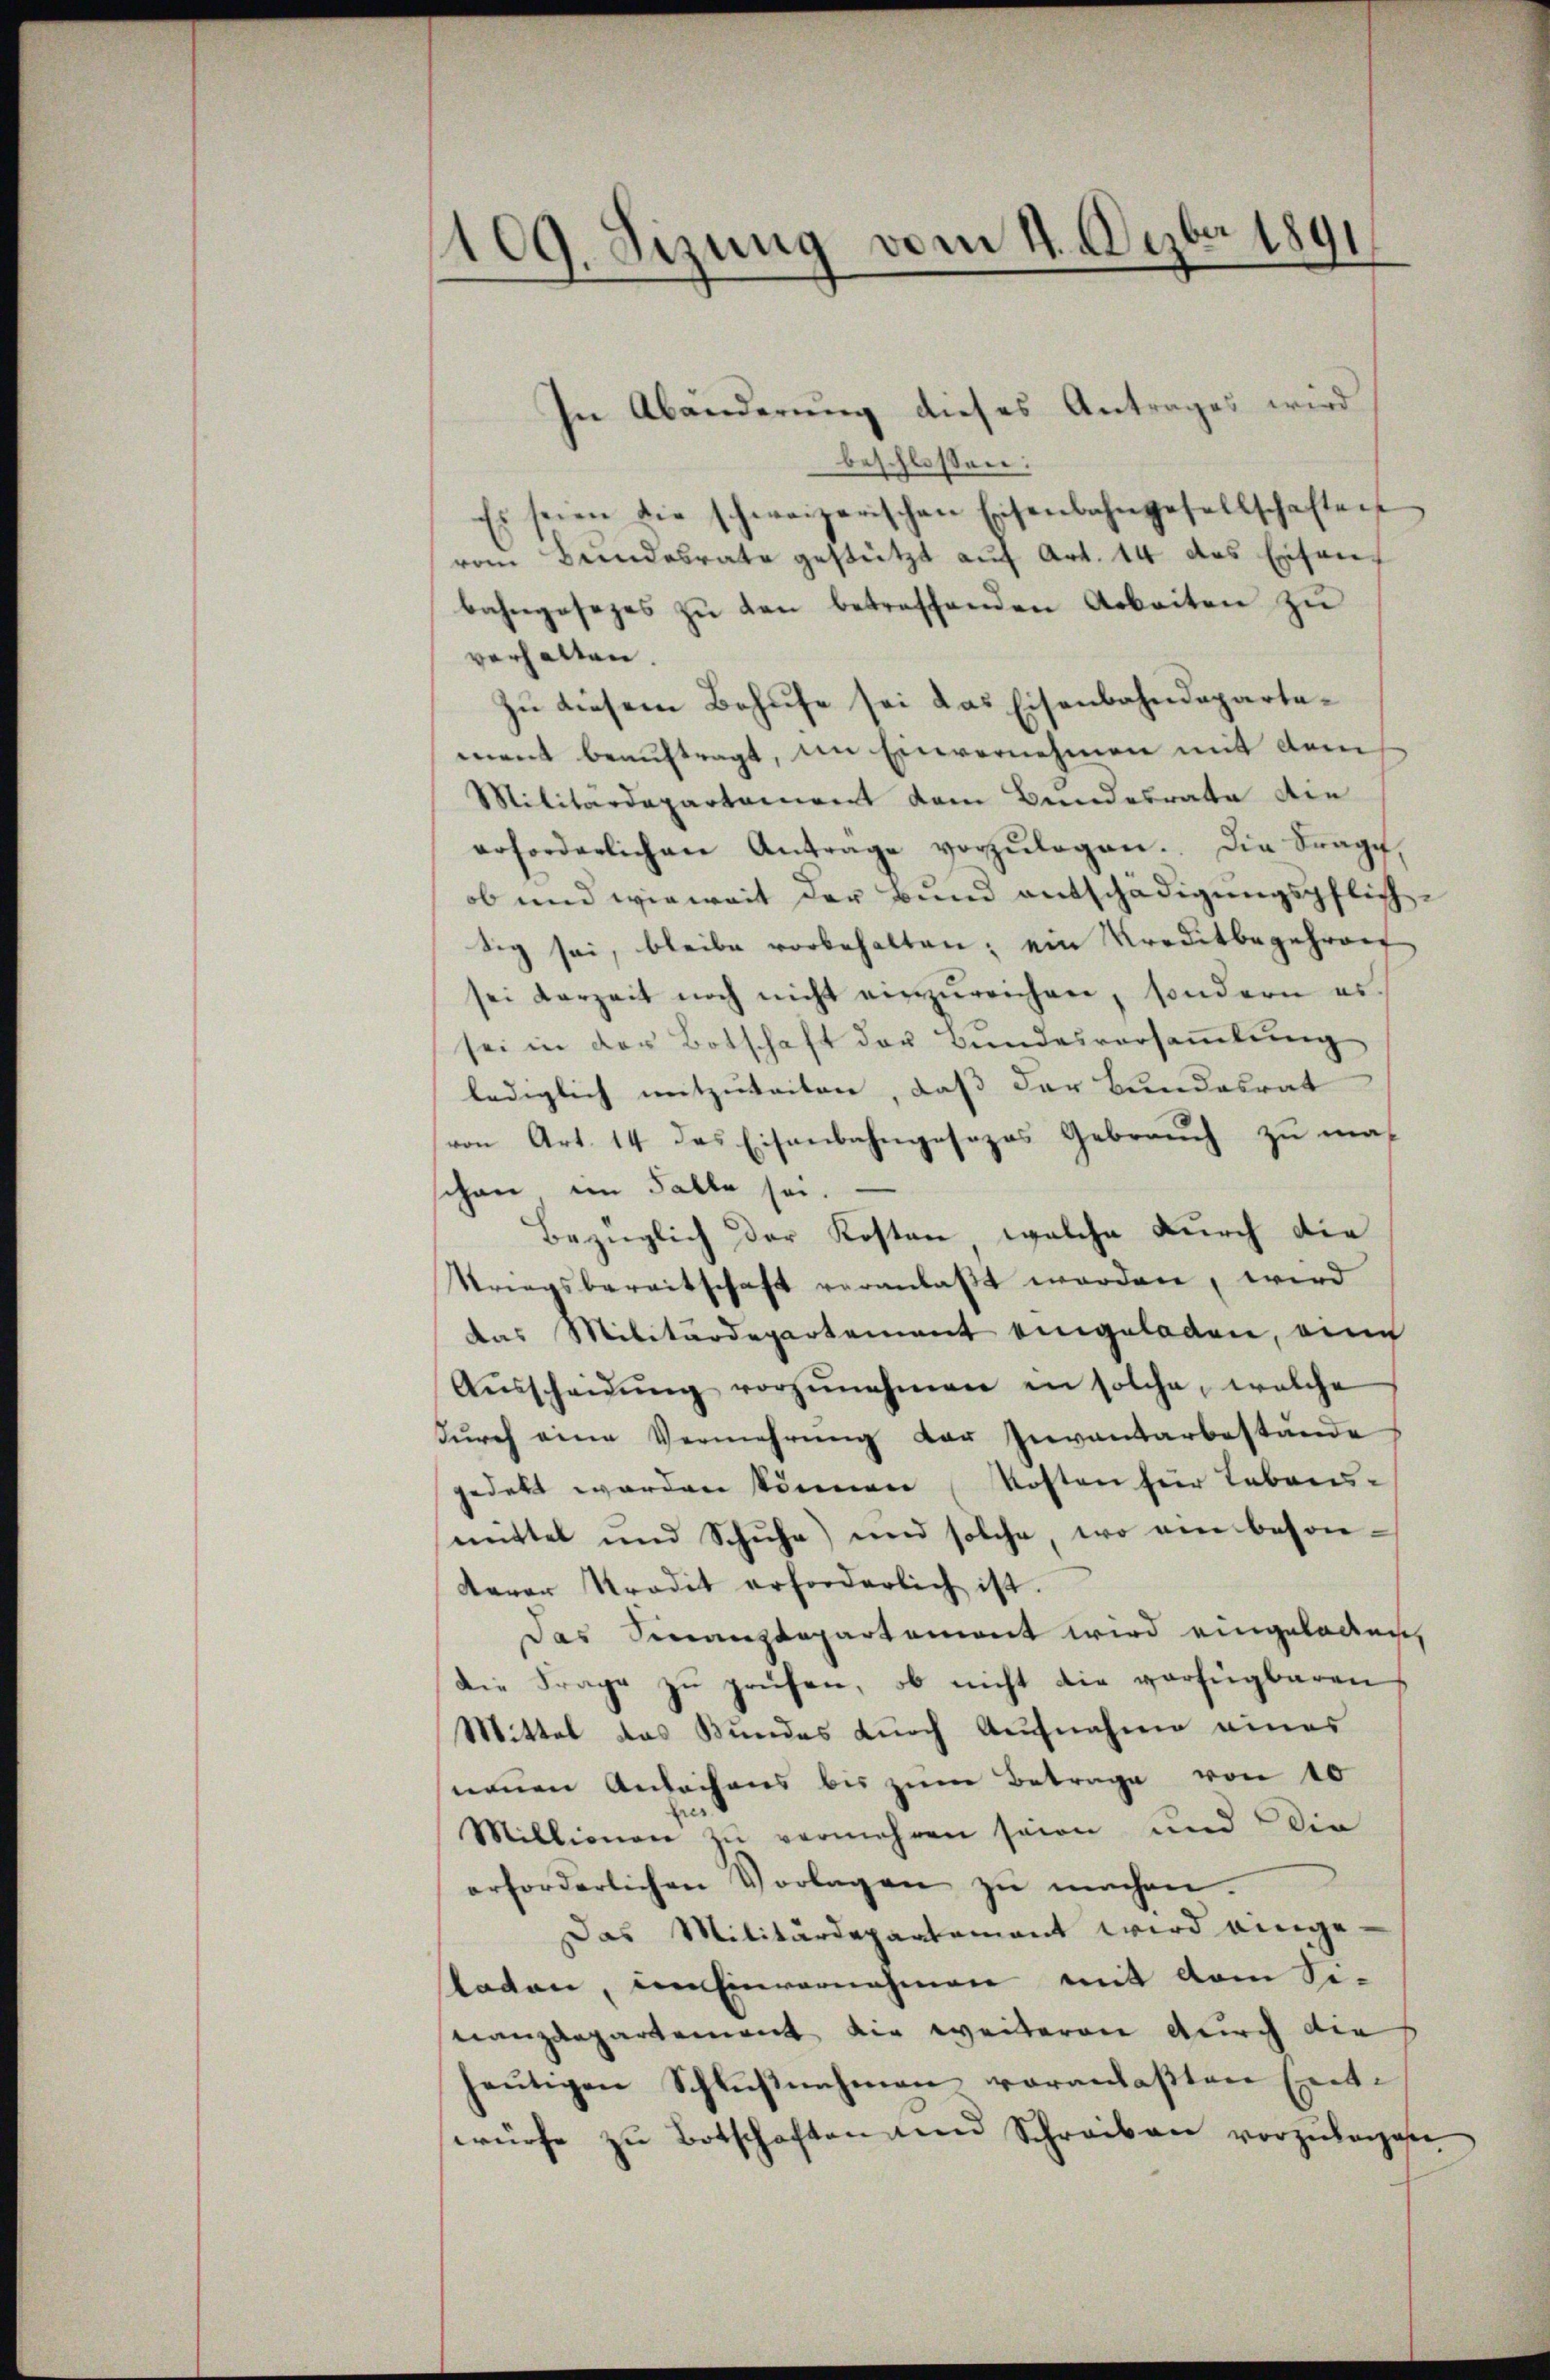
109. Sizung vom 4. Dezbr 1891

In Abänderung dieses Antrages wird
beschlossen:
Es seien die schweizerischen Eisenbahngesellschaften
vom Bundesrate gestützt auf Art. 14 des Eisenbahngesezes zŭ den betreffenden Arbeiten zu
verhalten.
Zu diesem Behufe sei das Eisenbahndepartement beauftragt, im Einvernehmen mit dem
Militärdepartamiert dem Bundesrate die
erforderlichen Antrage vorzŭlegen. Die Frage,
ob und wieweit der Bund entschädigungspflichtig sei, bleibe vorbehalten; ein Kreditbegehrenf
sei derzeit noch nicht einzŭreichen, sondern es.
sei in der Botschaft der Bundesversammlung
lediglich mitzuteilen, daß der Bundesrat
von Art. 14 des Eisenbahngesezes Gebrauch zu maschon im Falle sei.
Bezüglich der Kosten, welche durch die
Kriegsbereitschaft veranlaßt worden, wird
das Militärdepartement eingeladen, eine
Aŭsscheidŭng vorzŭnehmen in solche, welche
durch eine Vermehrung der Inventarbestände
gedekt worden können Kosten für Lebens-
mittel und Schŭhe) und solche wo ein beson-
derer Tradit erforderlich ist.
Das Sinanzdepartement wird eingeladen,
die Frage zŭ prüfen, ob nicht die verfügbaren
Mittel das Bundes durch Aufnahme eines
neuen Anlachens bis zum Betrage von 10
Millionen zu vermehren seien und die
erforderlichen Vorlagen zŭ machen.
Das Militärdepartement wird einge-
staten, dem Einvernehmen mit dem Si-
nanzdepartement die weiteren durch die
heŭtigen Schlŭβnahmen voranlaβten Ent-
würfe zu Botschaften und Schreiben vorzulegen